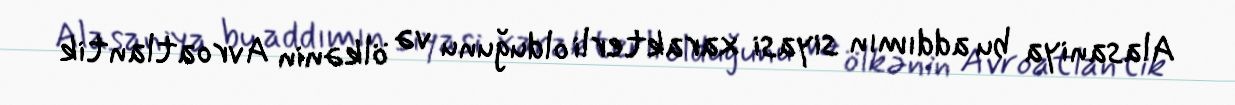
Alasaniya bu addımın siyasi xarakterli olduğunu və ölkənin Avroatlantik